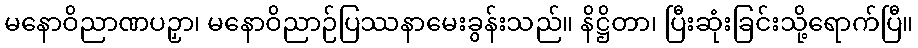
မနောဝိညာဏပဉှာ၊ မနောဝိညာဉ်ပြဿနာမေးခွန်းသည်။ နိဋ္ဌိတာ၊ ပြီးဆုံးခြင်းသို့ရောက်ပြီ။